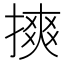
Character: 摤